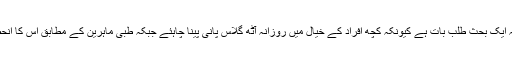
روزانہ کتنا پانی پینا چاہئے یہ ایک بحث طلب بات ہے کیونکہ کچھ افراد کے خیال میں روزانہ آٹھ گلاس پانی پینا چاہئے جبکہ طبی ماہرین کے مطابق اس کا انحصار دیگر عوامل پر ہوتا ہے۔